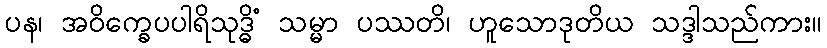
ပန၊ အဝိက္ခေပပါရိသုဒ္ဓိံ သမ္မာ ပဿတိ၊ ဟူသောဒုတိယ သဒ္ဒါသည်ကား။